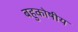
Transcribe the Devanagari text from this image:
बहुकोषीय